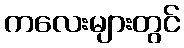
ကလေးများတွင်